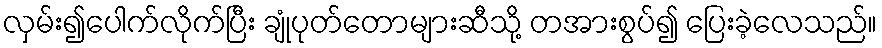
လှမ်း၍ပေါက်လိုက်ပြီး ချုံပုတ်တောများဆီသို့ တအားစွပ်၍ ပြေးခဲ့လေသည်။